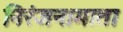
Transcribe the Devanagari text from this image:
निरंजन।माता